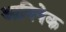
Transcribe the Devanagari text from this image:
आनिषेक